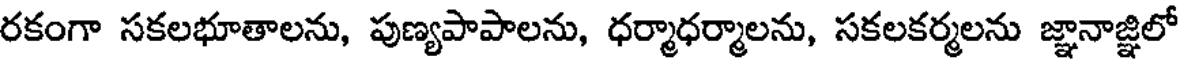
రకంగా సకలభూతాలను, పుణ్యపాపాలను, ధర్మాధర్మాలను, సకలకర్మలను జ్ఞానాజ్ఞిలో